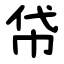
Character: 帒